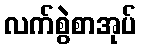
လက်စွဲစာအုပ်